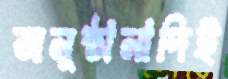
অনুষ্ঠানাদিই